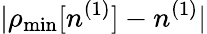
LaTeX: \vert\rho_{\mathrm{min}}[n^{(1)}]-n^{(1)}\vert